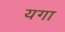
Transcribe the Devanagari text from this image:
यगा